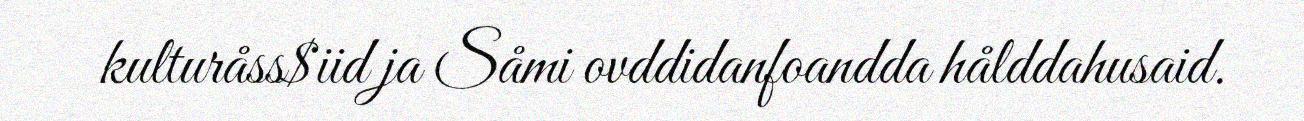
kulturåss$iid ja Såmi ovddidanfoandda hålddahusaid.